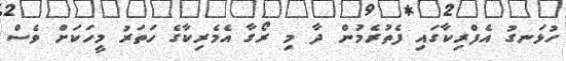
ހުޅަނގު އެފްރިކާގައި ފެތުރެމުން ދާ މި ރޯގާ އެމެރިކާގެ ހަތަރު މީހަކަށް ވެސް